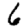
Digit: 6